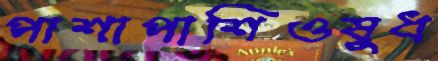
পাশাপাশিওষুধ